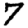
Digit: 7